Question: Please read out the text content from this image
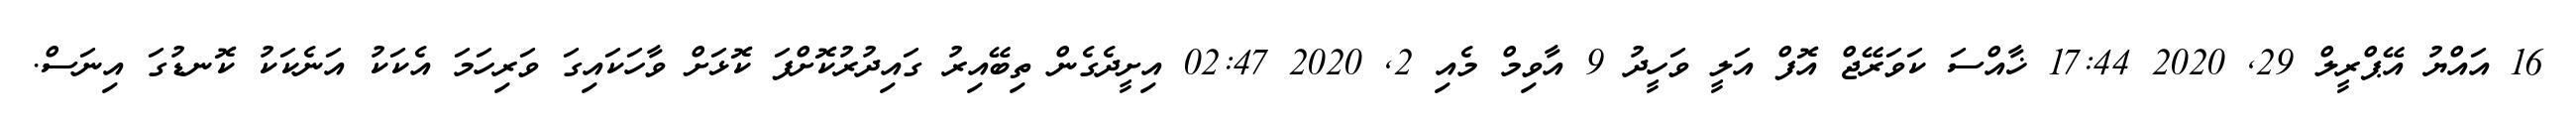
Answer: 16 އައްޔު އޭޕްރީލް 29, 2020 17:44 ޚާއްސަ ކަވަރޭޖް އޮފް އަލީ ވަހީދު 9 އާވިމް މެއި 2, 2020 02:47 އިށީދެގެން ތިބޭއިރު ގައިދުރުކޮށްފަ ކޮޅަށް ވާހަކައިގަ ވަރިހަމަ އެކަކު އަނެކަކު ކޮނޑުގަ އިނަސް.